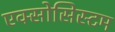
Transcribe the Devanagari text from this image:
एक्सोसिस्टम